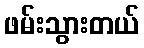
ဖမ်းသွားတယ်